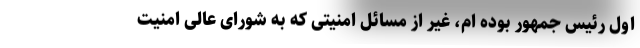
اول رئیس جمهور بوده ام، غیر از مسائل امنیتی که به شورای عالی امنیت